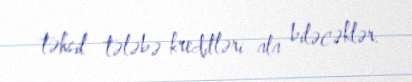
təhsil tələbə kreditləri ala biləcəklər.